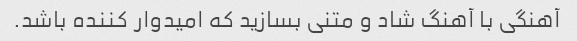
آهنگی با آهنگ شاد و متنی بسازید که امیدوار کننده باشد.